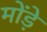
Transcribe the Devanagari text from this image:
मोंड़े